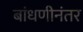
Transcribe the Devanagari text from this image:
बांधणीनंतर